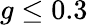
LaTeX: g\leq 0.3